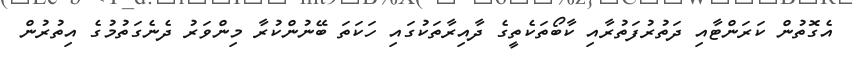
އެގޮތުން ކަރަންޓާއި ދަތުރުފަތުރާއި ކާބޯތަކެތީގެ ދާއިރާތަކުގައި ހަކަތަ ބޭނުންކުރާ މިންވަރު ދެނެގަތުމުގެ އިތުރުން